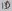
Text: ID